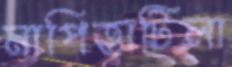
নাপিত্তাটিলা